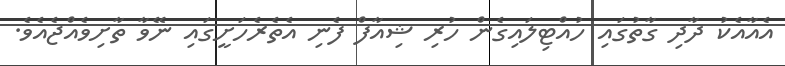
އެއާއެކު ދާދި ގާތުގައި ހުއްޓިލައިގެން ހުރި ޝިއާފް ފެނި އެތެރެހަށީގައި ނޭވާ ތާށިވެއްޖެއެވެ.